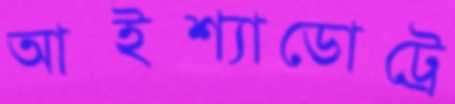
আইশ্যাডোট্রে